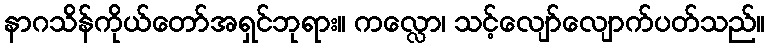
နာဂသိန်ကိုယ်တော်အရှင်ဘုရား။ ကလ္လော၊ သင့်လျော်လျောက်ပတ်သည်။